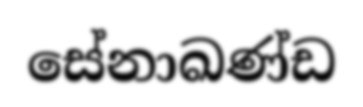
සේනාඛණ්ඩ